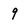
Character: 9